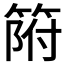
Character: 𱸌